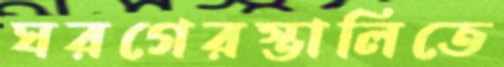
ঘরগেরস্তালিতে